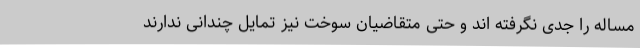
مساله را جدی نگرفته اند و حتی متقاضیان سوخت نیز تمایل چندانی ندارند